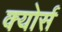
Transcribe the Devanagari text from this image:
क्योर्स